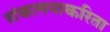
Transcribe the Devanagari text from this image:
संकलनाकरिता